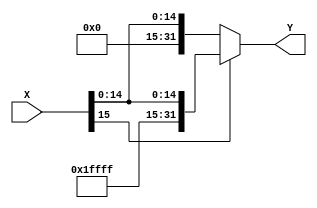
module ExtensorSinal16_32(X,Y);

	input [15:0] X;
	output reg [31:0] Y;
	
	always@(*)
	begin
		if(X[15])
			Y = {16'b1111111111111111,X};
		else
			Y = {16'b0000000000000000,X};
	end
	
endmodule